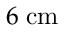
6 \; \mathrm { { c m } }